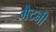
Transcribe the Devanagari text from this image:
मैटनी